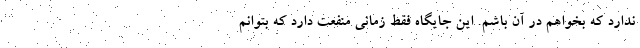
ندارد که بخواهم در آن باشم. این جایگاه فقط زمانی منفعت دارد که بتوانم